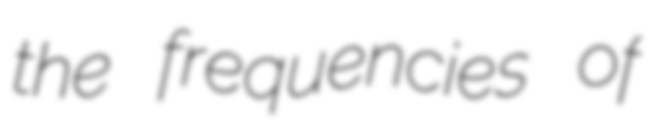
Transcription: the frequencies of